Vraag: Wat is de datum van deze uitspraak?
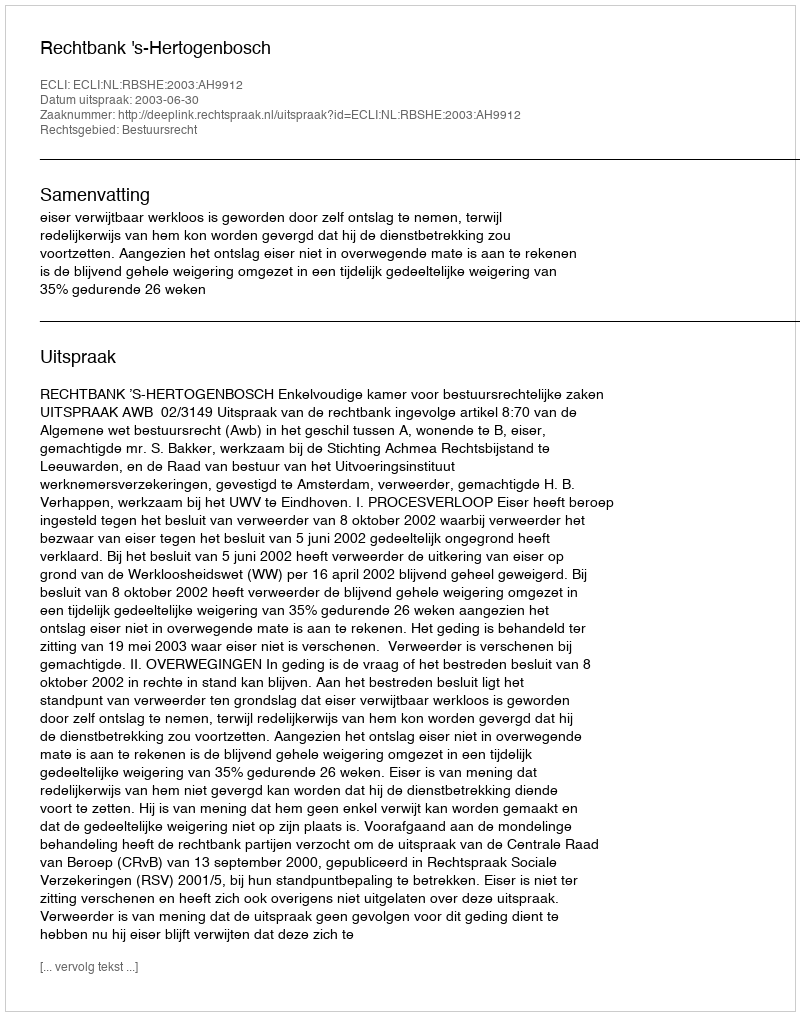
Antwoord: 2003-06-30